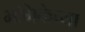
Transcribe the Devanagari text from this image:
भमिकेच्या